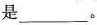
是_________。